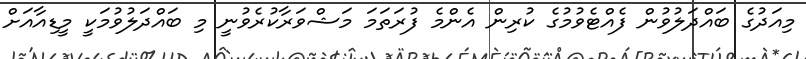
މިއަދުގެ ބައްދަލުވުން ފެއްޓެވުމުގެ ކުރިން އެންމެ ފުރަތަމަ މަޝްވަރާކުރެވުނީ މި ބައްދަލުވުމަކީ މީޑިއާއަށް